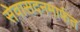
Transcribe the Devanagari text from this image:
सेवासदनमार्फत